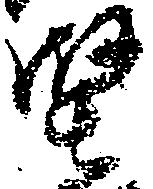
堅